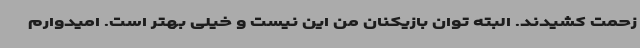
زحمت کشیدند. البته توان بازیکنان من این نیست و خیلی بهتر است. امیدوارم